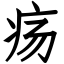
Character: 疡